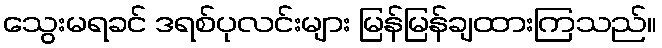
သွေးမရခင် ဒရစ်ပုလင်းများ မြန်မြန်ချထားကြသည်။